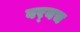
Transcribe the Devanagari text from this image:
बर्‍यच